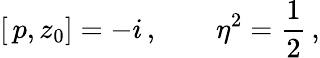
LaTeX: \left[\, p,z_{0}\right]=-i\, ,\qquad\eta^{2}=\frac 12\, ,